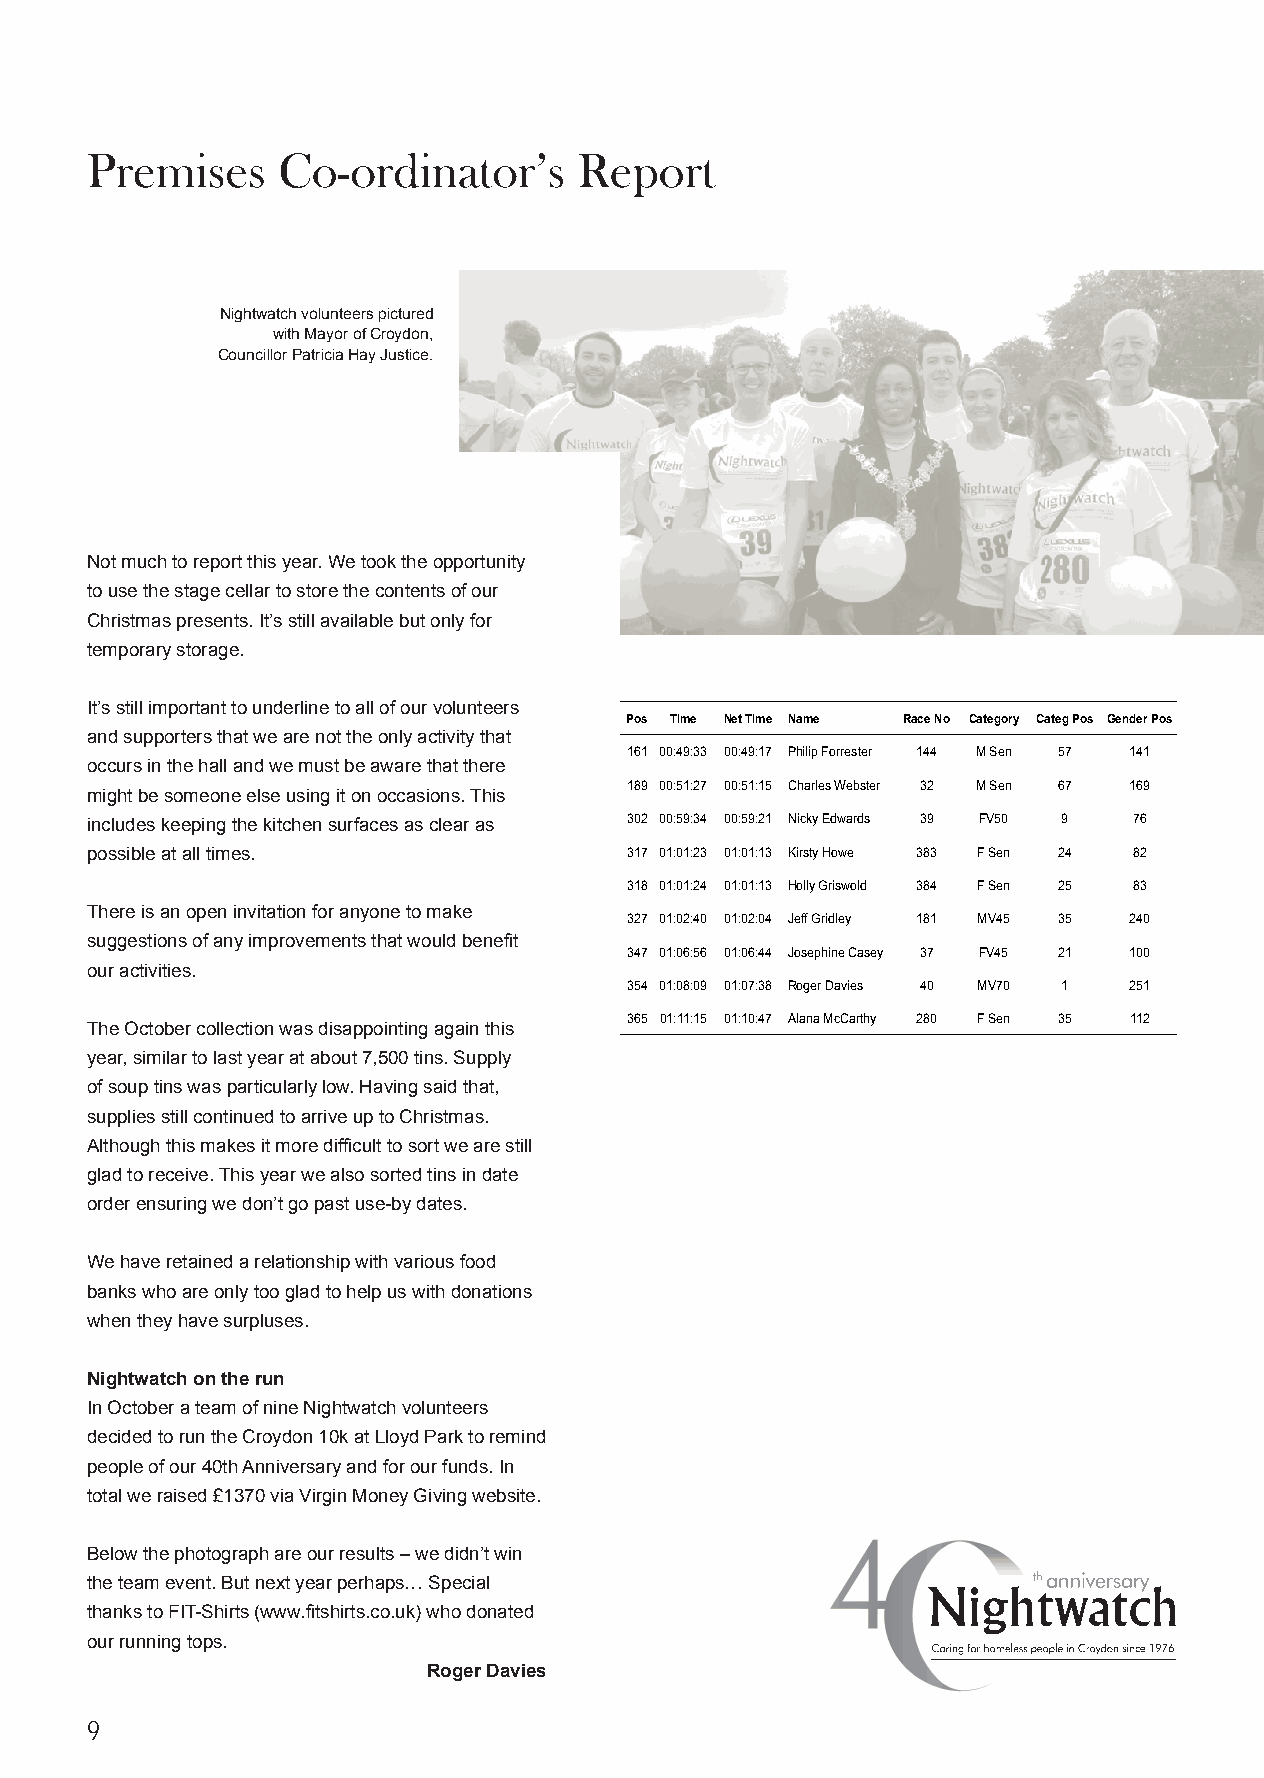
Premises    Co-ordinator’s      Report
 Nightwatch volunteers pictured
 with Mayor of Croydon,
 Councillor Patricia Hay Justice.
 Not much to report this year. We took the opportunity
 to use the stage cellar to store the contents of our
 Christmas presents. It’s still available but only for
 temporary storage.
 It’s still important to underline to all of our volunteers
 Pos Time Net Time Name Race No Category CategPos Gender Pos
 and supporters that we are not the only activity that
 161 00:49:33 00:49:17 Philip Forrester 144 M Sen 57 141
 occurs in the hall and we must be aware that there
 189 00:51:27 00:51:15 Charles Webster 32 M Sen 67 169
 might be someone else using it on occasions. This
 includes keeping the kitchen surfaces as clear as 302 00:59:34 00:59:21 Nicky Edwards 39 FV50 9 76
 possible at all times.             317 01:01:23 01:01:13 Kirsty Howe 383 F Sen 24 82
 318 01:01:24 01:01:13 Holly Griswold 384 F Sen 25 83
 There is an open invitation for anyone to make
 327 01:02:40 01:02:04 Jeff Gridley 181 MV45 35 240
 suggestions of any improvements that would benefit
 347 01:06:56 01:06:44 Josephine Casey 37 FV45 21 100
 our activities.
 354 01:08:09 01:07:38 Roger Davies 40 MV70 1 251
 365 01:11:15 01:10:47 Alana McCarthy 280 F Sen 35 112
 The October collection was disappointing again this
 year, similar to last year at about 7,500 tins. Supply
 of soup tins was particularly low. Having said that,
 supplies still continued to arrive up to Christmas.
 Although this makes it more difficult to sort we are still
 glad to receive. This year we also sorted tins in date
 order ensuring we don’t go past use-by dates.
 We have retained a relationship with various food
 banks who are only too glad to help us with donations
 when they have surpluses.
 Nightwatch on the run
 In October a team of nine Nightwatch volunteers
 decided to run the Croydon 10k at Lloyd Park to remind
 people of our 40th Anniversary and for our funds. In
 total we raised £1370 via Virgin Money Giving website.
 Below the photograph are our results – we didn’t win
 the team event. But next year perhaps… Special
 thanks to FIT-Shirts (www.fitshirts.co.uk) who donated
 our running tops.
 Roger Davies
 9